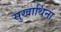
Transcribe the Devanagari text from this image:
सुखार्थिना